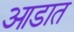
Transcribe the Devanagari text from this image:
आडात